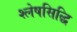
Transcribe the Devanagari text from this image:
श्लेषसिद्धि